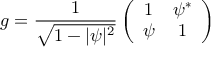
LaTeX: g = \frac { 1 } { \sqrt { 1 - \vert \psi \vert ^ { 2 } } } \left( \begin{array} { c c } { { 1 } } & { { \psi ^ { * } } } \\ { { \psi } } & { { 1 } } \end{array} \right)